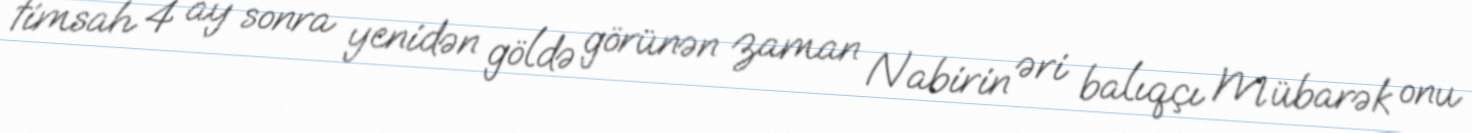
timsah 4 ay sonra yenidən göldə görünən zaman Nabirin əri balıqçı Mübarək onu